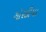
ગોરડીયા